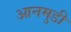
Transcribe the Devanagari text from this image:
आनमुडी